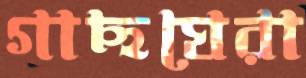
গাছঘেরা